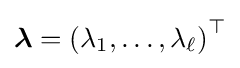
{\boldsymbol {\lambda }}=\left(\lambda _{1},\ldots ,\lambda _{\ell }\right)^{\top }